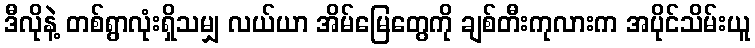
ဒီလိုနဲ့ တစ်ရွာလုံးရှိသမျှ လယ်ယာ အိမ်မြေတွေကို ချစ်တီးကုလားက အပိုင်သိမ်းယူ